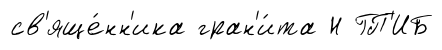
св'яще́нн'ика гран'и́та Н ГП'ИБ